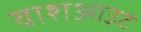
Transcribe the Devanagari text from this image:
वाशआउट